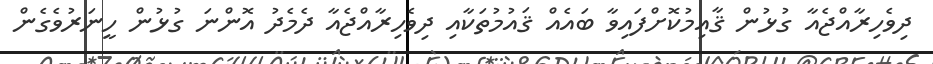
ދިވެހިރާއްޖެއާ ގުޅުން ޤާއިމުކޮށްފައިވާ ބައެއް ޤައުމުތަކާއި ދިވެހިރާއްޖެއާ ދެމެދު އޮންނަ ގުޅުން ހީނަރުވެގެން